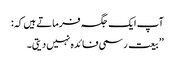
آپ ایک جگہ فرماتے ہیں کہ:
’’بیعت رسمی فائدہ نہیں دیتی۔